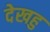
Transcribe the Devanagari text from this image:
देखहु